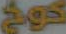
دوج